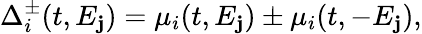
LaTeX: \Delta_{i}^{\pm}(t,E_{\mathbf{j}})=\mu_{i}(t,E_{\mathbf{j}})\pm\mu_{i}(t,-E_{\mathbf{j}}),